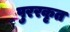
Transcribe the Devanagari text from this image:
पुररकृत